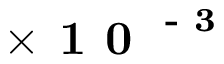
\times \textbf { 1 0 } ^ { \textbf { - 3 } }